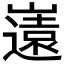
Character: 𭗤